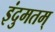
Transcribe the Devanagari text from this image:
इंदुमतम्